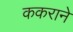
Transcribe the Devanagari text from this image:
ककराने